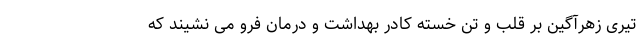
تیری زهرآگین بر قلب و تن خسته کادر بهداشت و درمان فرو می نشیند که